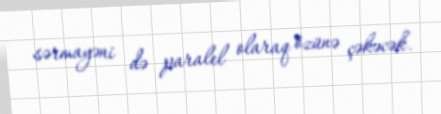
sərmayəni də paralel olaraq özünə çəkəcək.